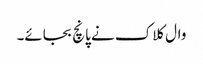
وال کلاک نے پانچ بجائے۔